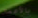
بالأعمال